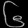
Digit: ၆